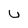
Character: U